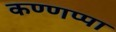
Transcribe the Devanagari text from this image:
कण्णप्पा